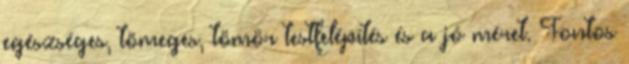
egészséges, tömeges, tömör testfelépítés és a jó méret. Fontos